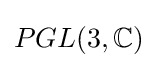
PGL(3,\mathbb {C} )